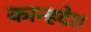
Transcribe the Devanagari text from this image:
कान्हदेश